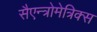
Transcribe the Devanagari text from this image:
सैएन्त्रोमेत्रिक्स